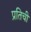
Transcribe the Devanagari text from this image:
प्रतिची